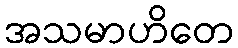
အသမာဟိတေ